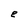
Character: e